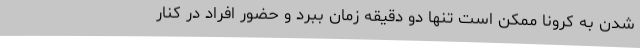
شدن به کرونا ممکن است تنها دو دقیقه زمان ببرد و حضور افراد در کنار